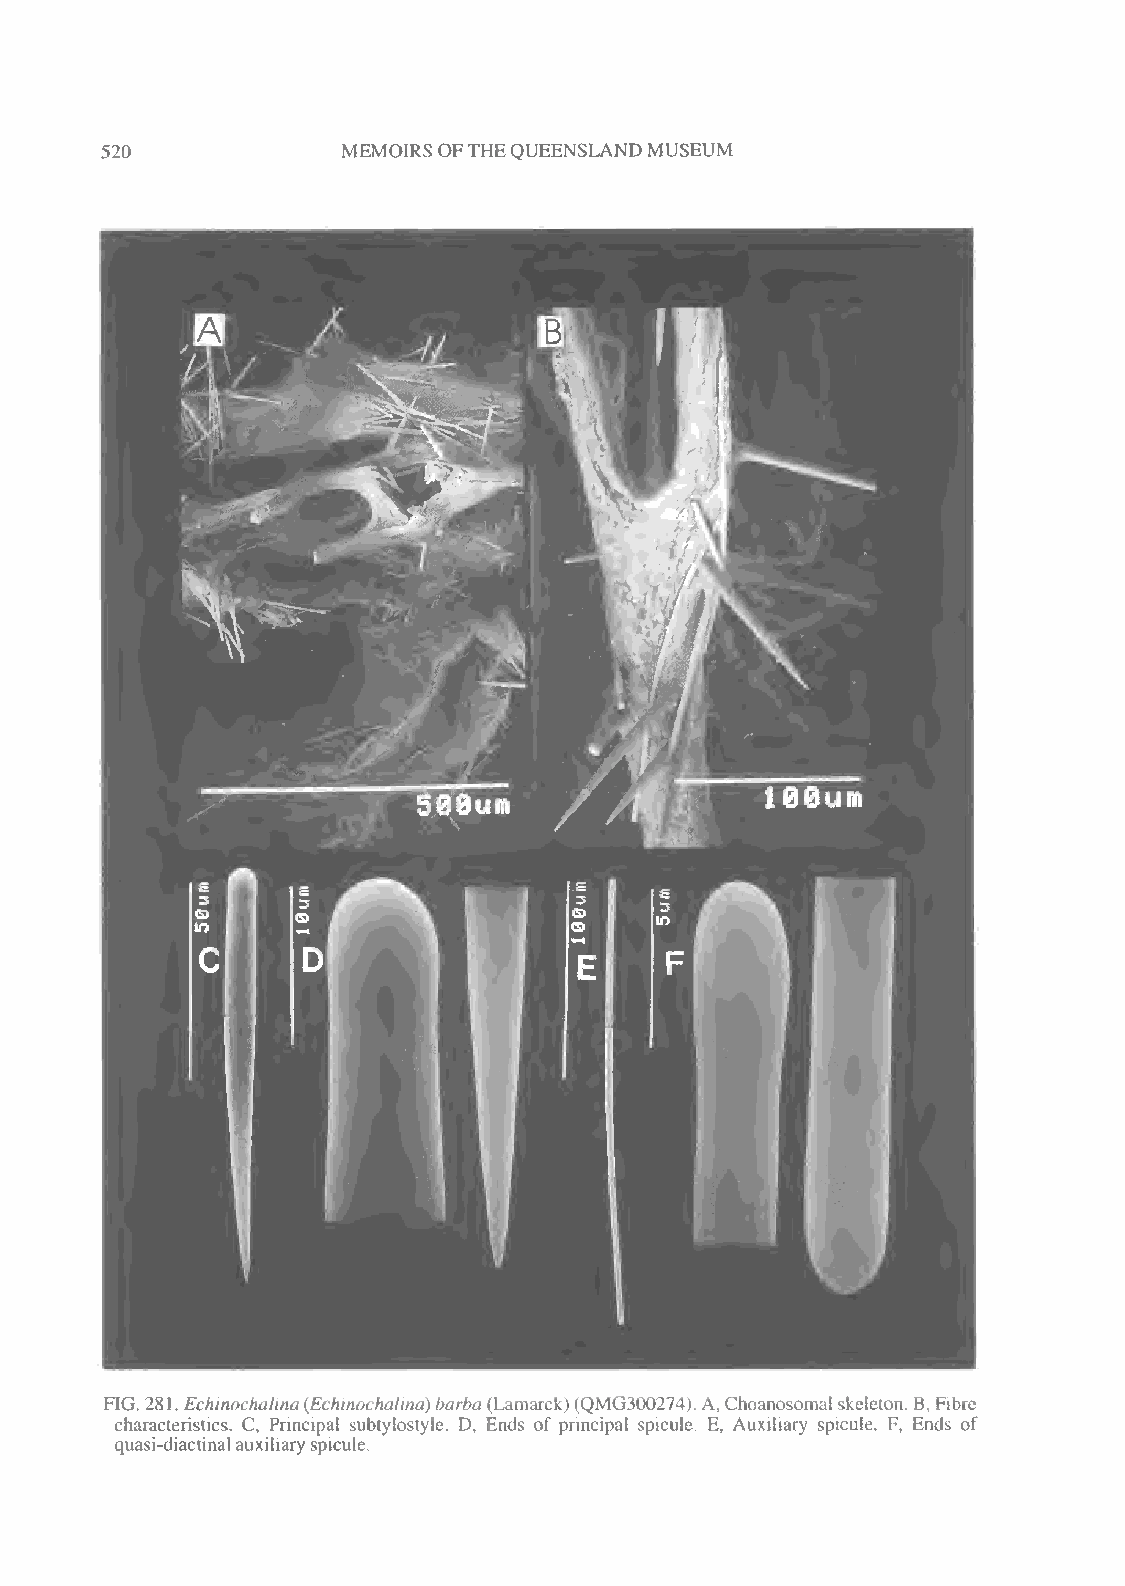
520             MEMOIRS OFTHEQUEENSLAND MUSEUM
 FIG. 281. Echinochalina(Echinochalina)barba(Lamarck)(QMG300274). A,Choanosomalskeleton. B,Fibre
 characteristics. C, Principal subtylostyle. D, Ends of principal spicule. E, Auxiliary spicule. F, Ends of
 quasi-diactinalauxiliaryspicule.